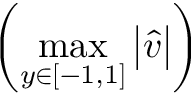
\left( \operatorname* { m a x } _ { y \in \left[ - 1 , 1 \right] } \big | \widehat { v } \big | \right)